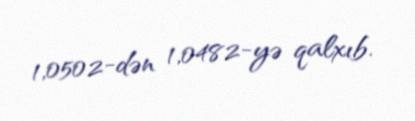
1,0502-dən 1,0482-yə qalxıb.